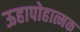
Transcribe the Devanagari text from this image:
ऊहापोहात्मक